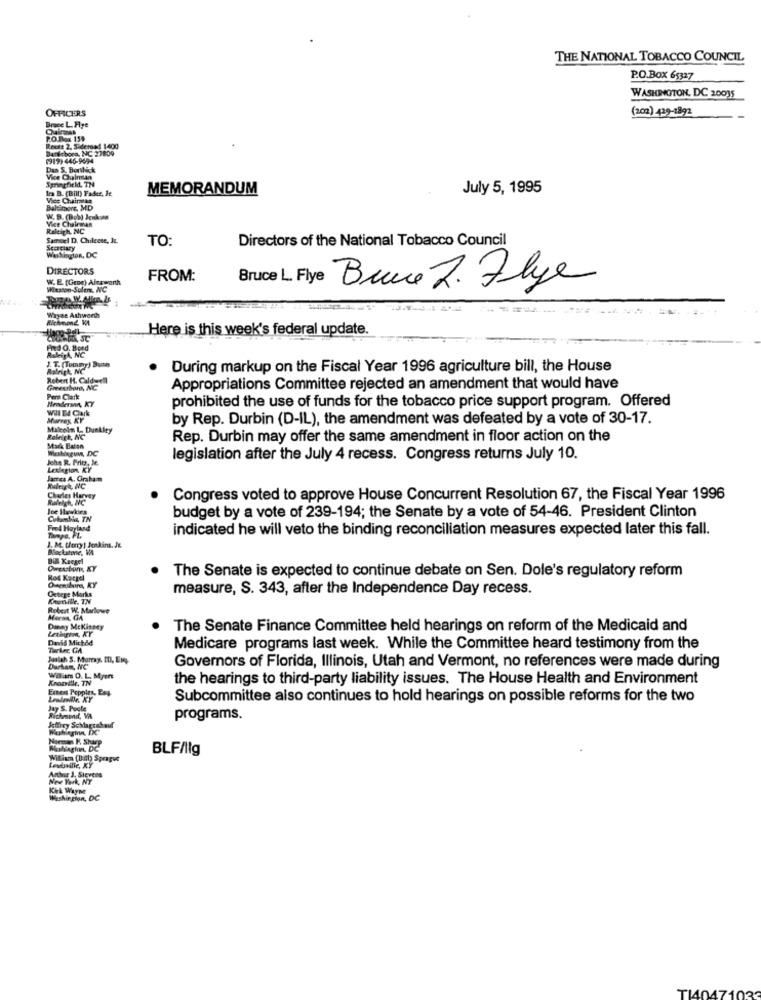
THE NATIONAL TOBACCO COUNCIL
P.O.BOX 65327
WASHINGTON, DC 20035
OFFICERS
(202) 429-1892
Brace L. Fiye
PO.Box 159
Banksbors, NC 27809
Zott 2. Sideroad 1400
(919)445-9694
Dan S. Bonhick
Springfield, TH
Vice Chalman
Ira B. (Bill) Fader, Je
MEMORANDUM
July 5, 1995
Vice Chaires
Baltimore, MD
W. B. (Dob) Jenkins
Vice Chairman
Raleigh, NC
Sammel D. Chileete, IL.
TO:
Directors of the National Tobacco Council
Scacary
DIRECTORS
W. E. [Geng) Ainsworth
FROM:
Wlesson Sulens, NC
Bruce L. Flye Bruce 2. Flye
Wayse Ashworth
Richmond. Wat
Here is this week's federal update.
Pord G. Bord
LANG
J. T. (Tommy) Buch
Raleigh, NC
During markup on the Fiscal Year 1996 agriculture bill, the House
Robert H. Caldwell
Greensboro, NC
Appropriations Committee rejected an amendment that would have
Per Clark
Henderson, KY
prohibited the use of funds for the tobacco price support program. Offered
Will B4 Clark
Murray, KY
by Rep. Durbin (D-IL), the amendment was defeated by a vote of 30-17.
Malcolm 1- Dunkity
Raleigh, NC
Rep. Durbin may offer the same amendment in floor action on the
Mark Baton
Wishingum, DC
John R. Fritz, Je.
legislation after the July 4 recess. Congress returns July 10.
Leslegion, KY
James A. Graham
Charles Harvey
Congress voted to approve House Concurrent Resolution 67, the Fiscal Year 1996
Ice Hawkins
budget by a vote of 239-194; the Senate by a vote of 54-46. President Clinton
Fred Hoyland
Tampa, FL.
indicated he will veto the binding reconciliation measures expected later this fall.
1. M. Corry! Jenkins, Je.
BIN Kaegel
Rod Koegel
The Senate is expected to continue debate on Sen. Dole's regulatory reform
Getege Marks
Owensboro, KY
measure, S. 343, after the Independence Day recess.
Knutville, TN
Robert W. Marlowe
Meran, GA
Danay Mckinsey
The Senate Finance Committee held hearings on reform of the Medicaid and
David Mich&d
Turkrc GA
Medicare programs last week. While the Committee heard testimony from the
Josiah S. Mamy, Il, En,
Governors of Florida, Illinois, Utah and Vermont, no references were made during
Durham, NC
Willam O. L. Myin
Kronille, TN
the hearings to third-party liability issues. The House Health and Environment
Ement Pepples, Eng.
Subcommittee also continues to hold hearings on possible reforms for the two
Jay S. Poste
Richesmd, VA
programs.
Hoeman K Sharp
BLF/Ilg
Wiliam (Bill) Sprague
Lestaille, KY
Anbir J. Stevens
New York, NY
Kirk Wayne
Washington, DC